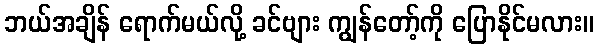
ဘယ်အချိန် ရောက်မယ်လို့ ခင်ဗျား ကျွန်တော့်ကို ပြောနိုင်မလား။